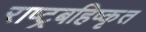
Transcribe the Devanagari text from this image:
राष्ट्रबहिष्कृत